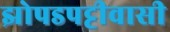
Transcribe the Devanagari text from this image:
झोपडपट्टीवासी